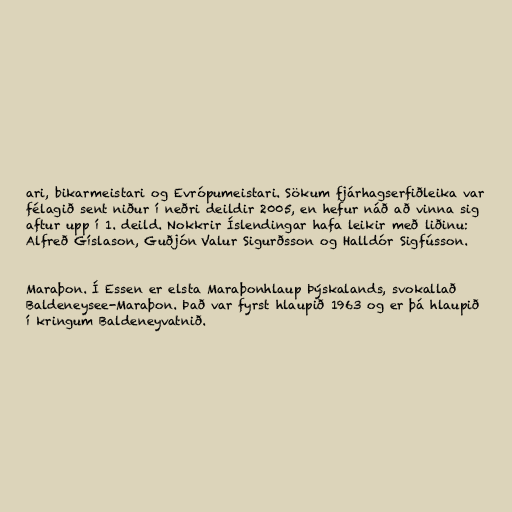
ari, bikarmeistari og Evrópumeistari. Sökum fjárhagserfiðleika var
félagið sent niður í neðri deildir 2005, en hefur náð að vinna sig
aftur upp í 1. deild. Nokkrir Íslendingar hafa leikir með liðinu:
Alfreð Gíslason, Guðjón Valur Sigurðsson og Halldór Sigfússon.

Maraþon. Í Essen er elsta Maraþonhlaup Þýskalands, svokallað
Baldeneysee-Maraþon. Það var fyrst hlaupið 1963 og er þá hlaupið
í kringum Baldeneyvatnið.